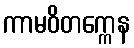
ကာမဝိတက္ကေန